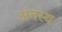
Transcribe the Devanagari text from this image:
अंतस्‍थ